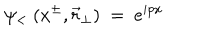
LaTeX: \psi _ { < } ~ ( x ^ { \pm } , { \vec { r } } _ { \perp } ) ~ = ~ e ^ { i p x }